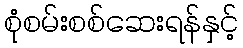
စုံစမ်းစစ်ဆေးရန်နှင့်